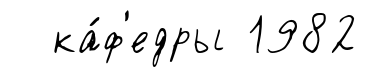
ка́ф'едры 1982